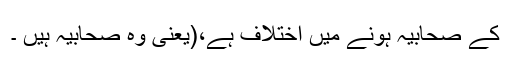
کے صحابیہ ہونے میں اختلاف ہے،(یعنی وہ صحابیہ ہیں ۔